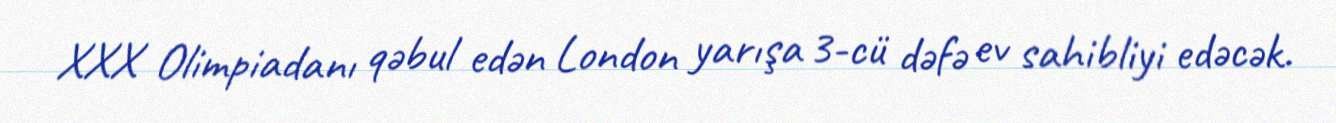
XXX Olimpiadanı qəbul edən London yarışa 3-cü dəfə ev sahibliyi edəcək.